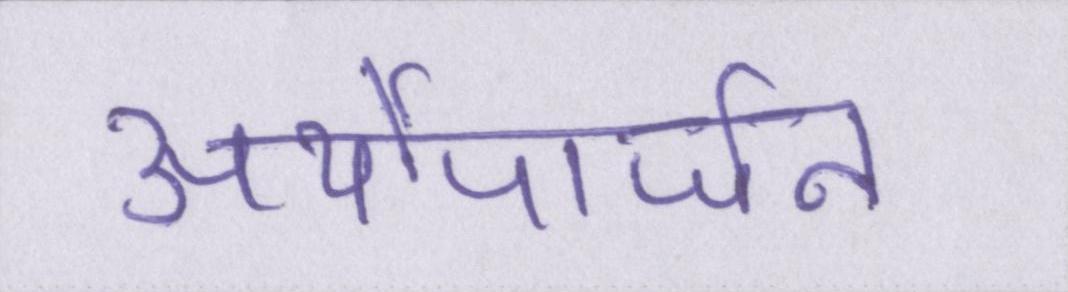
अर्थोपार्जन